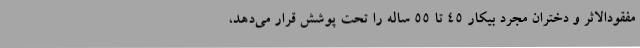
مفقودالاثر و دختران مجرد بیکار ۴۵ تا ۵۵ ساله را تحت پوشش قرار می‌دهد،